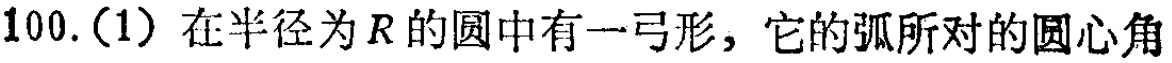
100.(1) 在半径为\(R\)的圆中有一弓形，它的弧所对的圆心角